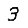
Digit: 3